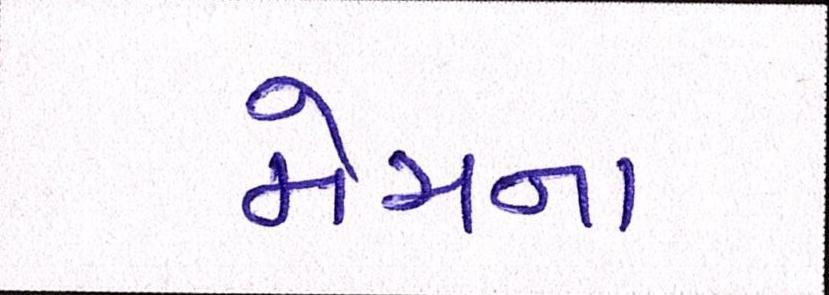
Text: મેચના